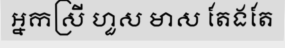
អ្នកស្រី ហួស មាស តែងតែ